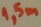
Text: 1,5m